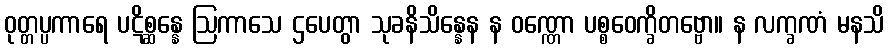
ဝုတ္တပ္ပကာရေ ပဋိစ္ဆန္နေ ဩကာသေ ဌပေတွာ သုခနိသိန္နေန န ဝဏ္ဏော ပစ္စဝေက္ခိတဗ္ဗော။ န လက္ခဏံ မနသိ